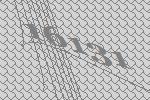
16131